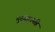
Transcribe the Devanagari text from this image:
मुख्यालयहि